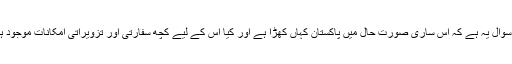
اب سوال یہ ہے کہ اس ساری صورت حال میں پاکستان کہاں کھڑا ہے اور کیا اس کے لیے کچھ سفارتی اور تزویراتی امکانات موجود ہیں؟